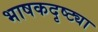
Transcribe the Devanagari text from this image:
भाषकदृष्ट्या